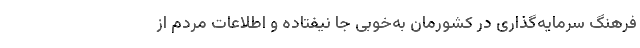
فرهنگ‌ سرمایه‌گذاری در کشورمان به‌خوبی جا نیفتاده و اطلاعات مردم از